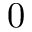
0